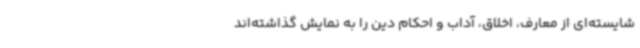
شایسته‌ای از معارف، اخلاق، آداب و احکام دین را به نمایش گذاشته‌اند